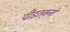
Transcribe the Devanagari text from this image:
पीडतजनों